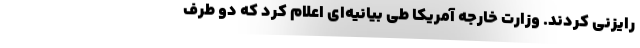
رایزنی کردند. وزارت خارجه آمریکا طی بیانیه‌ای اعلام کرد که دو طرف